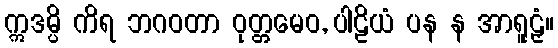
ဣဒမ္ပိ ကိရ ဘဂဝတာ ဝုတ္တမေဝ, ပါဠိယံ ပန န အာရူဠှံ။